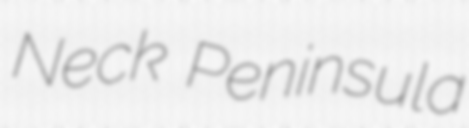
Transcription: Neck Peninsula